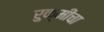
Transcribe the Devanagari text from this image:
रुक्मीचा